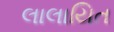
લાલાયિત